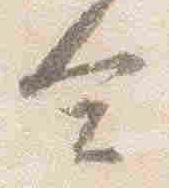
合